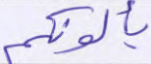
يألونكم